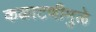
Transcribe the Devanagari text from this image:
कळाटणीमुळे